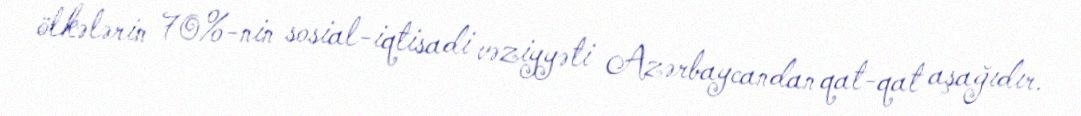
ölkələrin 70%-nin sosial-iqtisadi vəziyyəti Azərbaycandan qat-qat aşağıdır.